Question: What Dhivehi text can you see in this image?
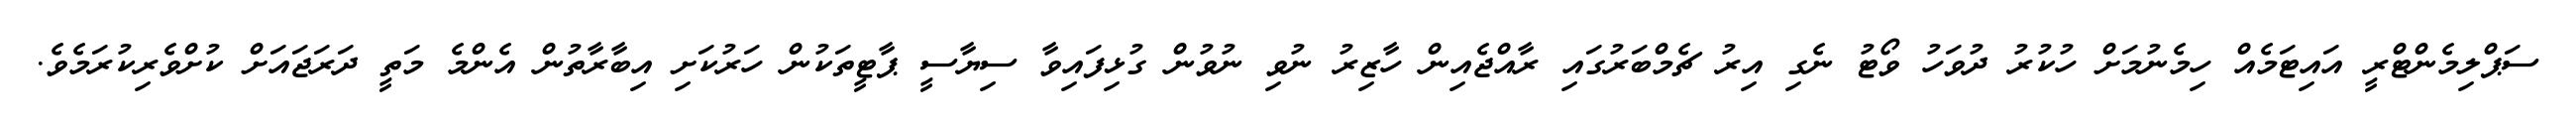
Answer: ސަޕްލިމެންޓްރީ އައިޓަމެއް ހިމެނުމަށް ހުކުރު ދުވަހު ވޯޓު ނެގި އިރު ޗެމްބަރުގައި ރާއްޖެއިން ހާޒިރު ނުވި ނުވުން ގުޅިފައިވާ ސިޔާސީ ޕާޓީތަކުން ހަރުކަށި އިބާރާތުން އެންމެ މަތީ ދަރަޖައަށް ކުށްވެރިކުރަމެވެ.